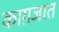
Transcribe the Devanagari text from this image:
काग़जात